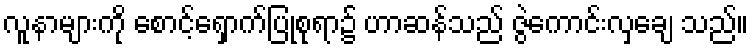
လူနာများကို စောင့်ရှောက်ပြုစုရာ၌ ဟာဆန်သည် ဇွဲကောင်းလှချေ သည်။